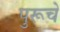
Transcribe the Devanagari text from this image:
पुरूचे